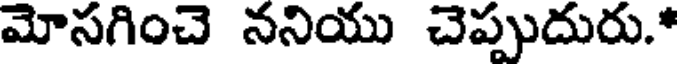
మోసగించె ననియు చెప్పుదురు.*